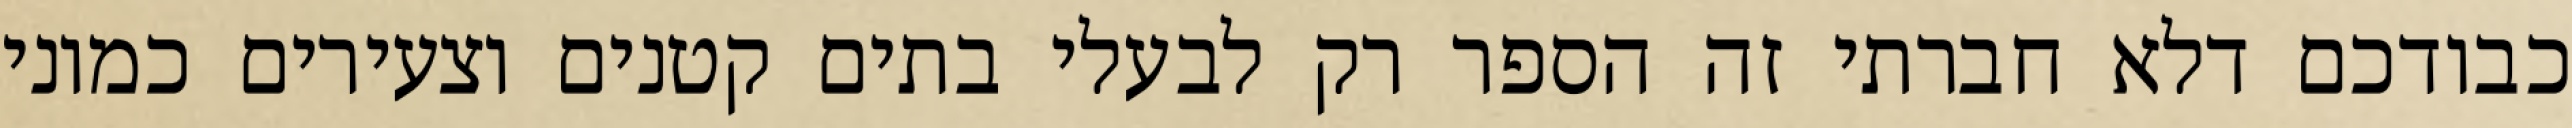
כבודכם דלא חברתי זה הספר רק לבעלי בתים קטנים וצעירים כמוני